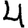
Digit: 4